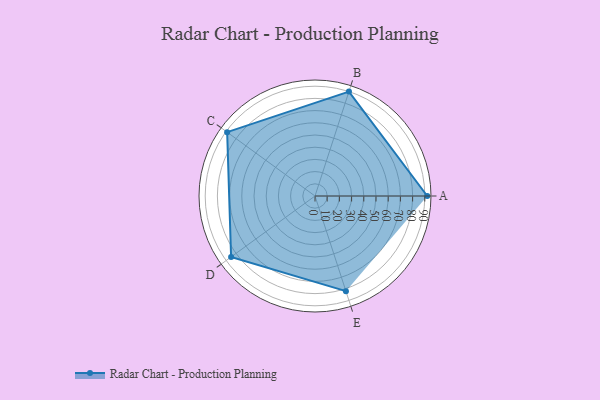
{"axis": {"x": "Skill", "y": "Score"}, "legend": ["Profile"], "data": [{"x": "A", "y": 92.0, "type": "Profile"}, {"x": "B", "y": 90.0, "type": "Profile"}, {"x": "C", "y": 89.0, "type": "Profile"}, {"x": "D", "y": 85.0, "type": "Profile"}, {"x": "E", "y": 82.0, "type": "Profile"}]}